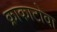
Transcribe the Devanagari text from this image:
क्राकाटोवा